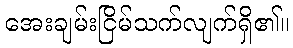
အေးချမ်းငြိမ်သက်လျက်ရှိ၏။